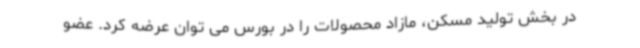
در بخش تولید مسکن، مازاد محصولات را در بورس می توان عرضه کرد. عضو